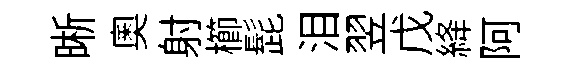
晰奥射櫛髭泪翌戊絳阿